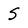
Character: S